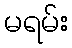
မရမ်း